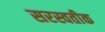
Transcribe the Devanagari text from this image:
सरस्वतीक